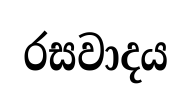
රසවාදය